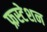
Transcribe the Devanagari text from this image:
फ्रस्टेशन